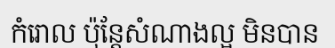
កំរោល ប៉ុន្តែសំណាងល្អ មិនបាន